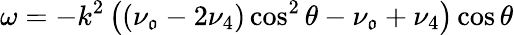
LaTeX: \omega=-k^{2}\left(\left(\nu_{\mathfrak{o}}-2\nu_{4}\right)\cos^{2}\theta-\nu_{\mathfrak{o}}+\nu_{4}\right)\cos\theta